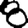
Digit: 8